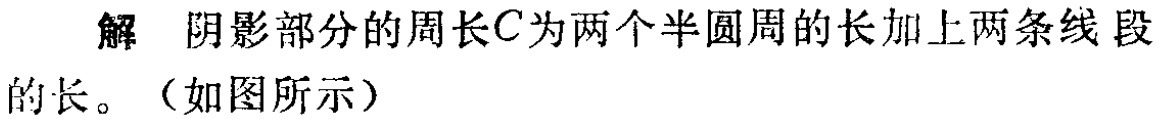
解 阴影部分的周长\(C\)为两个半圆周的长加上两条线段的长。（如图所示）